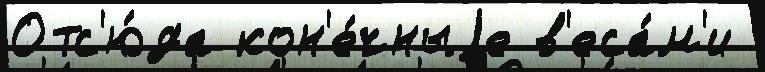
Отс'ю́да кон'е́чныjе в'еса́м'и